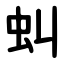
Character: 虯